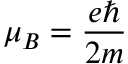
\mu _ { B } = \frac { e \hbar } { 2 m }